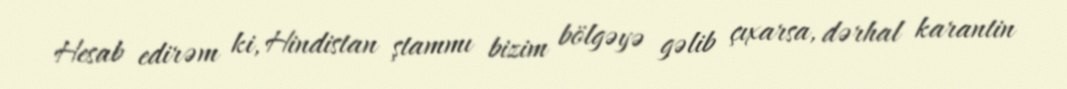
Hesab edirəm ki, Hindistan ştammı bizim bölgəyə gəlib çıxarsa, dərhal karantin